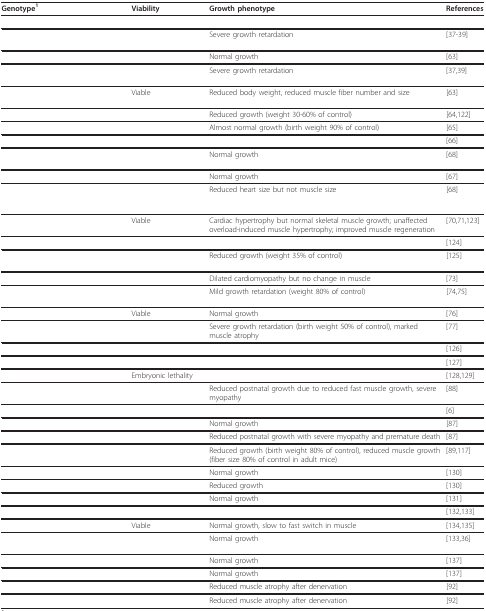
<table><thead><tr><td><b>Genotype<sup>1</sup></b></td><td><b>Viability</b></td><td><b>Growth phenotype</b></td><td><b>References</b></td></tr></thead><tbody><tr><td>[EMPTY_CELL]</td><td>[EMPTY_CELL]</td><td>Severe growth retardation</td><td>[37-39]</td></tr><tr><td>[EMPTY_CELL]</td><td>[EMPTY_CELL]</td><td>Normal growth</td><td>[63]</td></tr><tr><td>[EMPTY_CELL]</td><td>[EMPTY_CELL]</td><td>Severe growth retardation</td><td>[37,39]</td></tr><tr><td>[EMPTY_CELL]</td><td>Viable</td><td>Reduced body weight, reduced muscle fiber number and size</td><td>[63]</td></tr><tr><td>[EMPTY_CELL]</td><td>[EMPTY_CELL]</td><td>Reduced growth (weight 30-60% of control)</td><td>[64,122]</td></tr><tr><td>[EMPTY_CELL]</td><td>[EMPTY_CELL]</td><td>Almost normal growth (birth weight 90% of control)</td><td>[65]</td></tr><tr><td>[EMPTY_CELL]</td><td>[EMPTY_CELL]</td><td>[EMPTY_CELL]</td><td>[66]</td></tr><tr><td>[EMPTY_CELL]</td><td>[EMPTY_CELL]</td><td>Normal growth</td><td>[68]</td></tr><tr><td>[EMPTY_CELL]</td><td>[EMPTY_CELL]</td><td>Normal growth</td><td>[67]</td></tr><tr><td>[EMPTY_CELL]</td><td>[EMPTY_CELL]</td><td>Reduced heart size but not muscle size</td><td>[68]</td></tr><tr><td>[EMPTY_CELL]</td><td>Viable</td><td>Cardiac hypertrophy but normal skeletal muscle growth; unaffected overload-induced muscle hypertrophy; improved muscle regeneration</td><td>[70,71,123]</td></tr><tr><td>[EMPTY_CELL]</td><td>[EMPTY_CELL]</td><td>[EMPTY_CELL]</td><td>[124]</td></tr><tr><td>[EMPTY_CELL]</td><td>[EMPTY_CELL]</td><td>Reduced growth (weight 35% of control)</td><td>[125]</td></tr><tr><td>[EMPTY_CELL]</td><td>[EMPTY_CELL]</td><td>Dilated cardiomyopathy but no change in muscle</td><td>[73]</td></tr><tr><td>[EMPTY_CELL]</td><td>[EMPTY_CELL]</td><td>Mild growth retardation (weight 80% of control)</td><td>[74,75]</td></tr><tr><td>[EMPTY_CELL]</td><td>Viable</td><td>Normal growth</td><td>[76]</td></tr><tr><td>[EMPTY_CELL]</td><td>[EMPTY_CELL]</td><td>Severe growth retardation (birth weight 50% of control), marked muscle atrophy</td><td>[77]</td></tr><tr><td>[EMPTY_CELL]</td><td>[EMPTY_CELL]</td><td>[EMPTY_CELL]</td><td>[126]</td></tr><tr><td>[EMPTY_CELL]</td><td>[EMPTY_CELL]</td><td>[EMPTY_CELL]</td><td>[127]</td></tr><tr><td>[EMPTY_CELL]</td><td>Embryonic lethality</td><td>[EMPTY_CELL]</td><td>[128,129]</td></tr><tr><td>[EMPTY_CELL]</td><td>[EMPTY_CELL]</td><td>Reduced postnatal growth due to reduced fast muscle growth, severe myopathy</td><td>[88]</td></tr><tr><td>[EMPTY_CELL]</td><td>[EMPTY_CELL]</td><td>[EMPTY_CELL]</td><td>[6]</td></tr><tr><td>[EMPTY_CELL]</td><td>[EMPTY_CELL]</td><td>Normal growth</td><td>[87]</td></tr><tr><td>[EMPTY_CELL]</td><td>[EMPTY_CELL]</td><td>Reduced postnatal growth with severe myopathy and premature death</td><td>[87]</td></tr><tr><td>[EMPTY_CELL]</td><td>[EMPTY_CELL]</td><td>Reduced growth (birth weight 80% of control), reduced muscle growth (fiber size 80% of control in adult mice)</td><td>[89,117]</td></tr><tr><td>[EMPTY_CELL]</td><td>[EMPTY_CELL]</td><td>Normal growth</td><td>[130]</td></tr><tr><td>[EMPTY_CELL]</td><td>[EMPTY_CELL]</td><td>Reduced growth</td><td>[130]</td></tr><tr><td>[EMPTY_CELL]</td><td>[EMPTY_CELL]</td><td>Normal growth</td><td>[131]</td></tr><tr><td>[EMPTY_CELL]</td><td>[EMPTY_CELL]</td><td>[EMPTY_CELL]</td><td>[132,133]</td></tr><tr><td>[EMPTY_CELL]</td><td>Viable</td><td>Normal growth, slow to fast switch in muscle</td><td>[134,135]</td></tr><tr><td>[EMPTY_CELL]</td><td>[EMPTY_CELL]</td><td>Normal growth</td><td>[133,36]</td></tr><tr><td>[EMPTY_CELL]</td><td>[EMPTY_CELL]</td><td>Normal growth</td><td>[137]</td></tr><tr><td>[EMPTY_CELL]</td><td>[EMPTY_CELL]</td><td>Normal growth</td><td>[137]</td></tr><tr><td>[EMPTY_CELL]</td><td>[EMPTY_CELL]</td><td>Reduced muscle atrophy after denervation</td><td>[92]</td></tr><tr><td>[EMPTY_CELL]</td><td>[EMPTY_CELL]</td><td>Reduced muscle atrophy after denervation</td><td>[92]</td></tr></tbody></table>